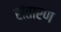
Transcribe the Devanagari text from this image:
संतारण